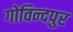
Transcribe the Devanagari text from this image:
गोविन्‍दपुर